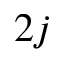
2 j